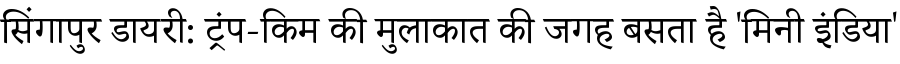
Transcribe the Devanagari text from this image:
सिंगापुर डायरी: ट्रंप-किम की मुलाकात की जगह बसता है 'मिनी इंडिया'